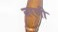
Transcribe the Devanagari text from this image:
बरणी